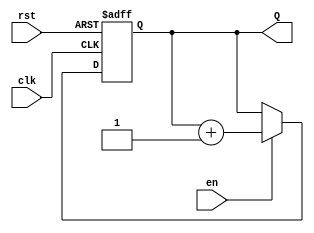
module binary_counter #(
    parameter N = 4  // Number of bits for the counter
)(
    input wire clk,   // Clock input
    input wire rst,   // Asynchronous reset input
    input wire en,    // Enable input
    output reg [N-1:0] Q  // Output count value
);

// Always block for the counter functionality
always @(posedge clk or posedge rst) begin
    if (rst) begin
        Q <= 0;  // Reset the counter to 0
    end else if (en) begin
        Q <= Q + 1;  // Increment the counter
    end
    // If enable is not asserted, the counter retains its value
end

endmodule